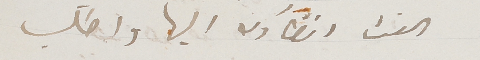
الفت انظارك اليها واطلب